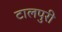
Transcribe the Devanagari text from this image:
टालपुरी